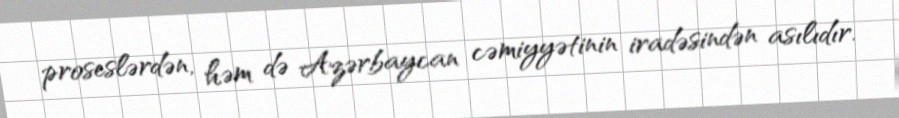
proseslərdən, həm də Azərbaycan cəmiyyətinin iradəsindən asılıdır.